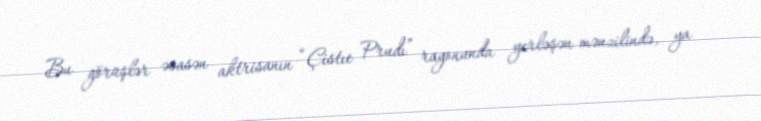
Bu görüşlər əsasən aktrisanın “Çistıe Prudı” rayonunda yerləşən mənzilində, ya